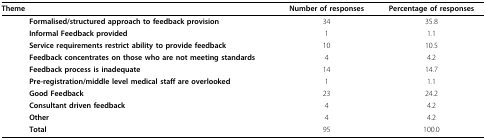
| <COLSPAN=2> Theme | Number of responses | Percentage of responses |
 | --- | --- | --- | --- |
 |  | Formalised/structured approach to feedback provision | 34 | 35.8 |
 |  | Informal Feedback provided | 1 | 1.1 |
 |  | Service requirements restrict ability to provide feedback | 10 | 10.5 |
 |  | Feedback concentrates on those who are not meeting standards | 4 | 4.2 |
 |  | Feedback process is inadequate | 14 | 14.7 |
 |  | Pre-registration/middle level medical staff are overlooked | 1 | 1.1 |
 |  | Good Feedback | 23 | 24.2 |
 |  | Consultant driven feedback | 4 | 4.2 |
 |  | Other | 4 | 4.2 |
 |  | Total | 95 | 100.0 |